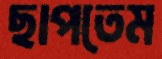
ছাপতেম